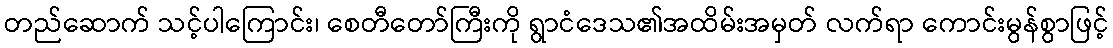
တည်ဆောက် သင့်ပါကြောင်း၊ စေတီတော်ကြီးကို ရွာငံဒေသ၏အထိမ်းအမှတ် လက်ရာ ကောင်းမွန်စွာဖြင့်